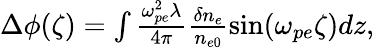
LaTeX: \begin{array}{r}{\Delta\phi(\zeta)=\int\frac{\omega_{pe}^{2}\lambda}{4\pi}\frac{\delta n_{e}}{n_{e0}}\sin(\omega_{pe}\zeta)dz,}\end{array}